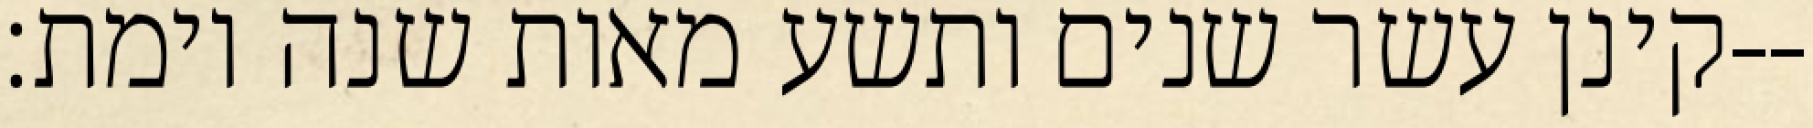
קינן עשר שנים ותשע מאות שנה וימת׃--